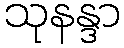
သုနန္ဒာ